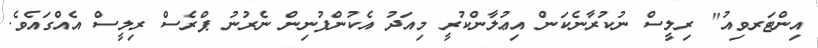
އިންޓަރވިއު" ރިލީސް ނުކުރާނެކަން އިޢުލާންކުރީ މިއަދު އެކުންފުނިން ނެރުނު ޕްރެސް ރިލީސް އެއްގައެވެ.